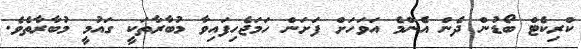
ކްރިކެޓް ބޯޑުން ދެން އެންމެ އަވަހަށް ފަށަން ހަމަޖެހިފައިވާ މުބާރާތަކީ ގައުމީ މުބާރާތެވެ.